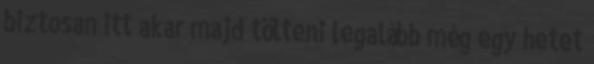
biztosan itt akar majd tölteni legalább még egy hetet